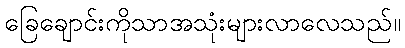
ခြေချောင်းကိုသာအသုံးများလာလေသည်။